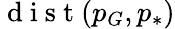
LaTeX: \mathrm{~d~i~s~t~}(p_{G},p_{*})